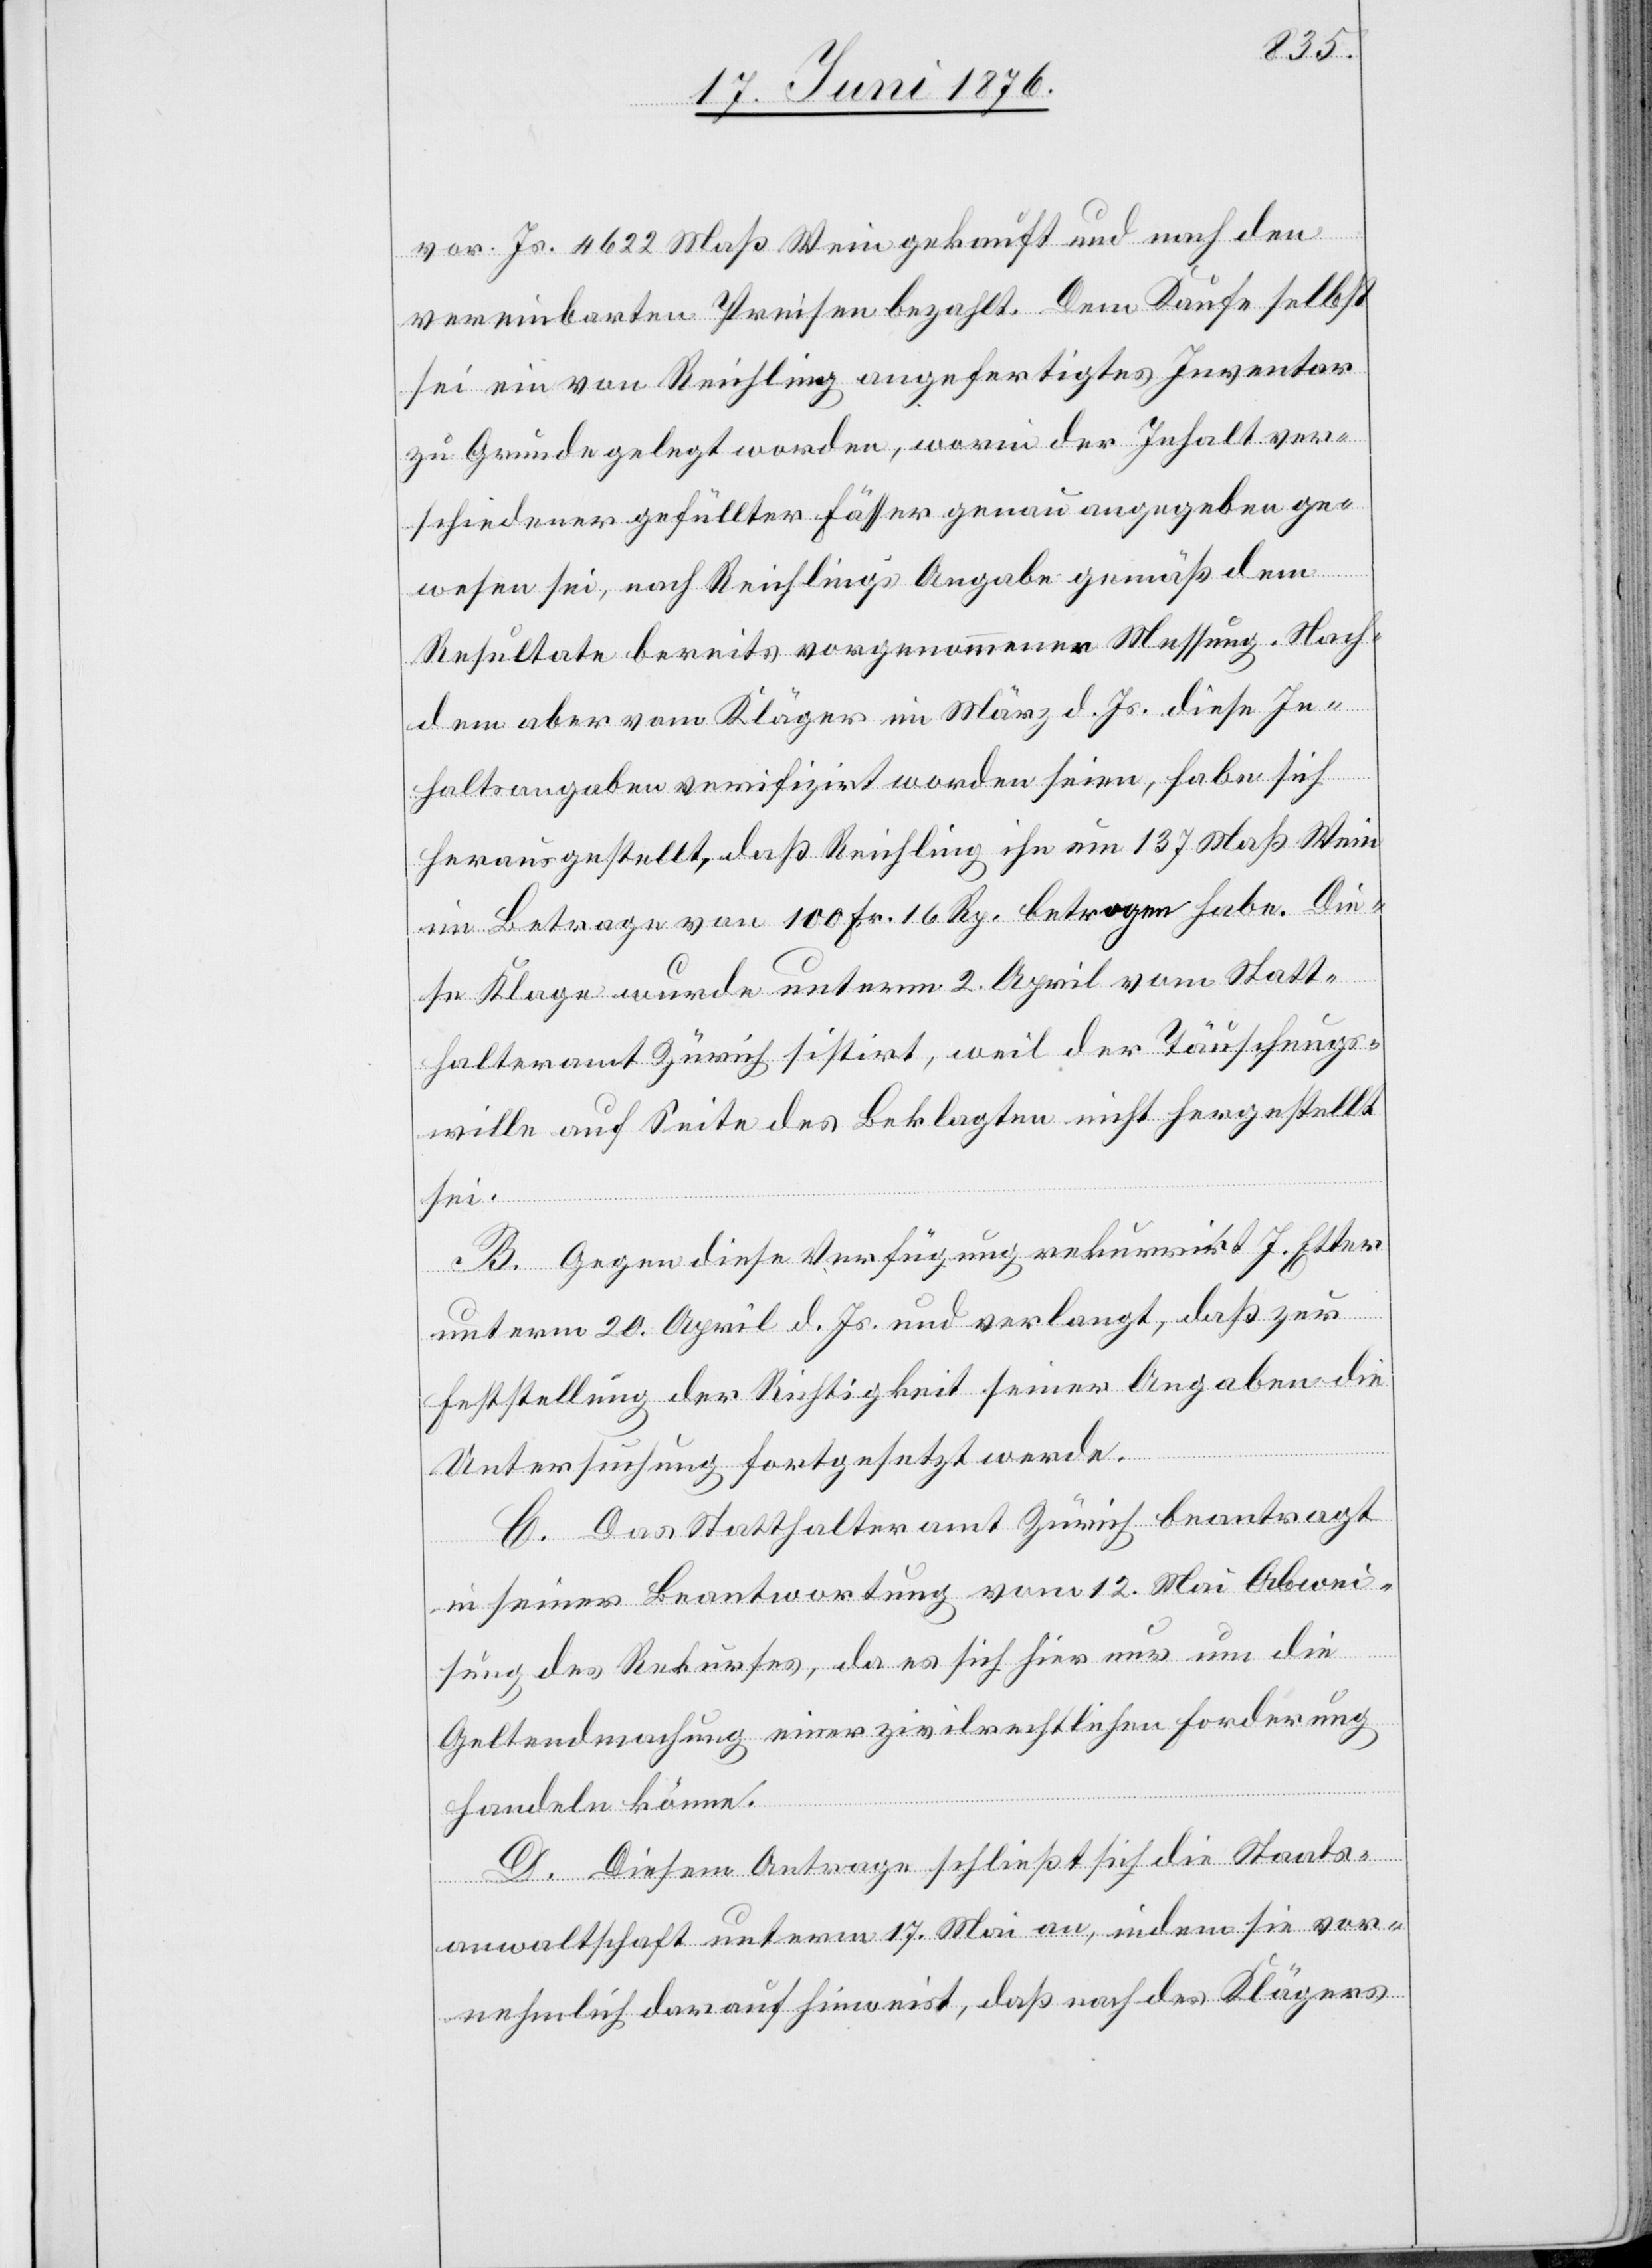
vor. Js. 4622 Maß Wein gekauft und nach den
vereinbarten Preisen bezahlt. Dem Kaufe selbst
sei ein von Reichling angefertigtes Inventar
zu Grunde gelegt worden, worin der Inhalt ver¬
schiedener gefüllter Fässer genau angegeben ge¬
wesen sei, nach Reichlings Angabe gemäß dem
Resultate bereits vorgenommener Messung. Nach¬
dem aber vom Kläger im März d. Js. diese In¬
haltsangaben verifizirt worden seien, habe sich
herausgestellt, das Reichling ihn um 137 Maß Wein
im Betrage von 100 Fr. 16 Rp. betrogen habe. Die¬
se Klage wurde unterm 2. April vom Statt¬
halteramt Zürich sistirt, weil der Täuschungs¬
wille auf Seite des Beklagten nicht hergestellt
sei.
B. Gegen diese Verfügung rekurrirt J. Etter
unterm 20. April d. Js. und verlangt, daß zur
Feststellung der Richtigkeit seiner Angaben die
Untersuchung fortgesetzt werde.
C. Das Statthalteramt Zürich beantragt
in seiner Beantwortung vom 12. Mai Abwei¬
sung des Rekurses, da es sich hier nur um die
Geltendmachung einer zivilrechtlichen Forderung
handeln könne.
D. Diesem Antrage schließt sich die Staats¬
anwaltschaft unterm 17. Mai an, indem sie vor¬
nehmlich darauf hinweist, daß nach des Klägers